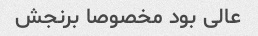
عالی بود مخصوصا برنجش